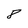
Character: 8